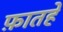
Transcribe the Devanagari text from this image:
फ़ातहे